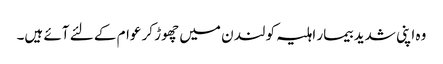
وہ اپنی شدید بیمار اہلیہ کو لند ن میں چھوڑ کر عوام کے لئے آئے ہیں۔